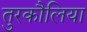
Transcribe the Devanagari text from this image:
तुरकौलिया